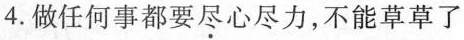
4.做任何事都要尽心尽力，不能草草了